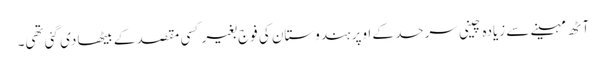
آٹھ مہینے سے زیادہ چینی سرحد کے اوپر ہندوستان کی فوج بغیر کسی مقصد کے بیٹھا دی گئی تھی۔